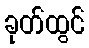
ခုတ်ထွင်